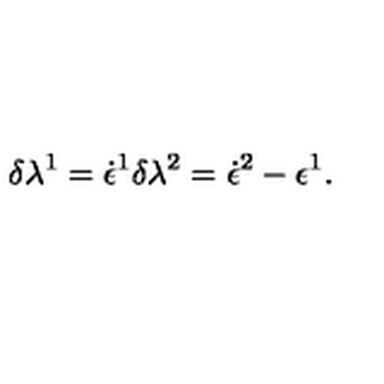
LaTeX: \delta \lambda ^ { 1 } = \dot { \epsilon } ^ { 1 } \delta \lambda ^ { 2 } = \dot { \epsilon } ^ { 2 } - \epsilon ^ { 1 } .